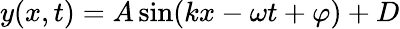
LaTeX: y(x,t)=A\sin(kx-\omega t+\varphi)+D